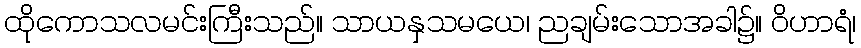
ထိုကောသလမင်းကြီးသည်။ သာယနှသမယေ၊ ညချမ်းသောအခါ၌။ ဝိဟာရံ၊